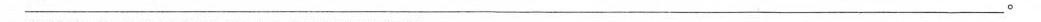
______________